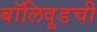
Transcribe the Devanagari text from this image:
बॉलिवूडची